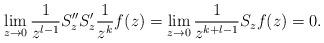
LaTeX: \begin{align*}\lim_{z\to 0} \frac{1}{z^{l-1}} S''_z S'_z \frac{1}{z^k} f(z)=\lim_{z \to0} \frac{1}{z^{k+l-1} } S_z f(z)=0.\end{align*}